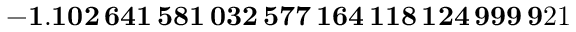
\mathbf { - 1 . 1 0 2 \, 6 4 1 \, 5 8 1 \, 0 3 2 \, 5 7 7 \, 1 6 4 \, 1 1 8 \, 1 2 4 \, 9 9 9 \, 9 } 2 1